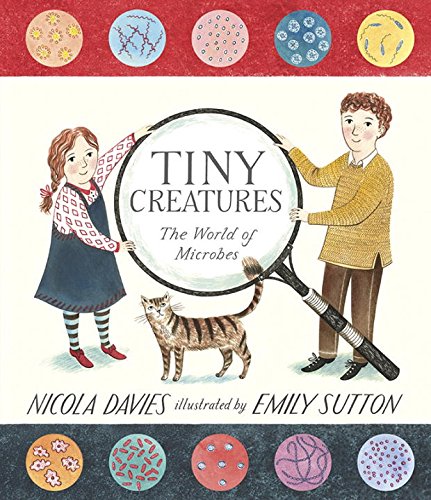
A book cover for Tiny Creatures: The World of Microbes; Nicola Davies; Children's Books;